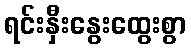
ရင်းနှီးနွေးထွေးစွာ